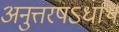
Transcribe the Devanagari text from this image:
अनुत्तरषऽर्धार्थ